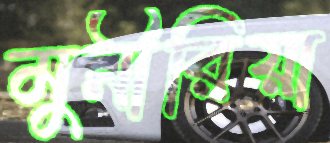
মুনীরিয়া